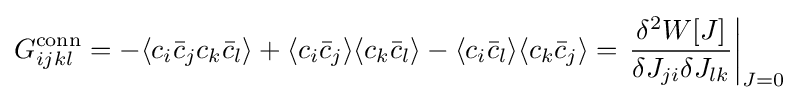
G_{ijkl}^{\mathrm {conn} }=-\langle c_{i}{\bar {c}}_{j}c_{k}{\bar {c}}_{l}\rangle +\langle c_{i}{\bar {c}}_{j}\rangle \langle c_{k}{\bar {c}}_{l}\rangle -\langle c_{i}{\bar {c}}_{l}\rangle \langle c_{k}{\bar {c}}_{j}\rangle =\left.{\frac {\delta ^{2}W[J]}{\delta J_{ji}\delta J_{lk}}}\right|_{J=0}